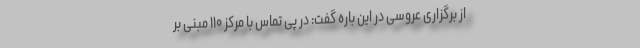
از برگزاری عروسی در این باره گفت: در پی تماس با مرکز ۱۱۰ مبنی بر